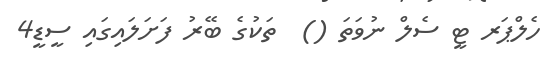
ހެލްޕަރ ޓީ ސެލް ނުވަތަ ()  ތަކުގެ ބޭރު ފަށަލައިގައި ސީޑީ4